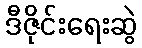
ဒီဇိုင်းရေးဆွဲ